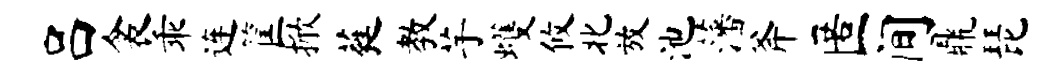
吕衾乖连筐掀蕤教芋蠖攸北放池藩斧匿间鼎琵